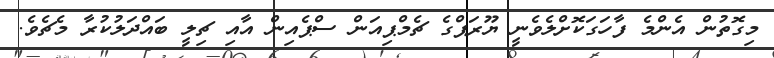
މިގޮތުން އެންމެ ފާހަގަކޮށްލެވެނީ ޔޫރަޕްގެ ޗެމްޕިއަން ސްޕެއިން އާއި ޗިލީ ބައްދަލުކުރާ މެޗެވެ.